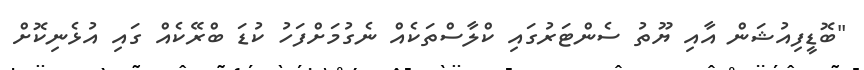
"ބޮޑީފިއުޝަން އާއި ޔޫތު ސެންޓަރުގައި ކްލާސްތަކެއް ނެގުމަށްފަހު ކުޑަ ބްރޭކެއް ގައި އުޅެނިކޮށް